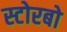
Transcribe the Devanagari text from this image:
स्टोरबो